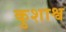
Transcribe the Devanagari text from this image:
कुशाश्व